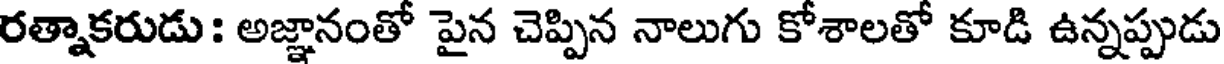
రత్నాకరుడు : అజ్ఞానంతో పైన చెప్పిన నాలుగు కోశాలతో కూడి ఉన్నప్పుడు